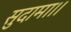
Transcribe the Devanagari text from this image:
सुदामा।।